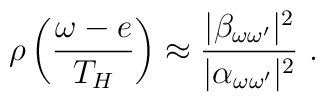
\rho\left(\frac{\omega - e}{T_H}\right)\approx{|\beta_{\omega \omega'}|^2 \over |\alpha_{\omega \omega'}|^2}~.